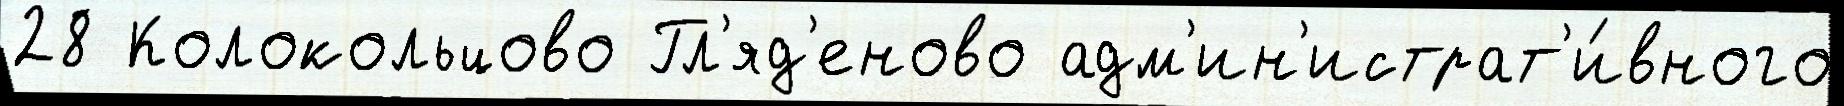
28 Колокольцово Гл'яд'еново адм'ин'истрат'и́вного